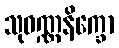
သုဝဏ္ဏနိက္ခော